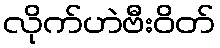
လိုက်ဟဲဗီးဝိတ်